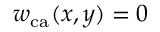
w _ { \mathrm { c a } } ( x , y ) = 0